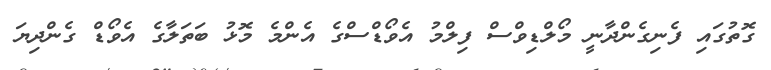
ގޮތުގައި ފެނިގެންދާނީ މޯލްޑިވްސް ފިލްމު އެވޯޑްސްގެ އެންމެ މޮޅު ބަތަލާގެ އެވޯޑް ގެންދިޔަ